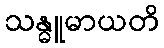
သန္ဓူမာယတိ